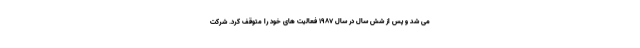
می شد و پس از شش سال در سال 1987 فعالیت های خود را متوقف کرد. شرکت